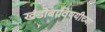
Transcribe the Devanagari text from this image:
खंडोबाविषयीच्या